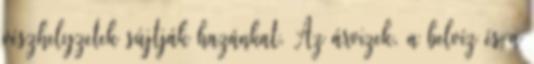
vészhelyzetek sújtják hazánkat. Az árvizek, a belvíz és a